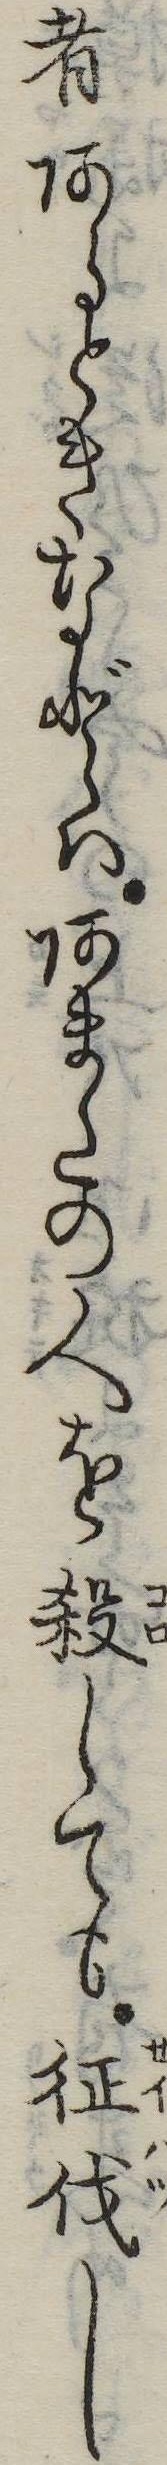
者あるときなどはあまたの人を殺しても征伐し